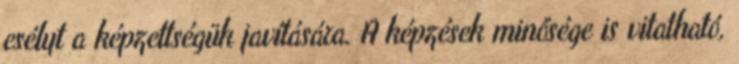
esélyt a képzettségük javítására. A képzések minősége is vitatható,